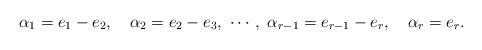
LaTeX: \begin{align*}\alpha_1=e_1-e_2,\quad \alpha_2=e_2-e_3,\ \cdots,\ \alpha_{r-1}=e_{r-1}-e_r,\quad \alpha_r=e_r. \end{align*}